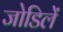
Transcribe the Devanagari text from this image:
जोडिलें